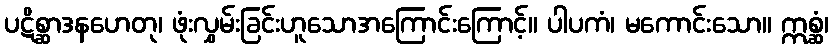
ပဋိစ္ဆာဒနဟေတု၊ ဖုံးလွှမ်းခြင်းဟူသောအကြောင်းကြောင့်။ ပါပကံ၊ မကောင်းသော။ ဣစ္ဆံ၊